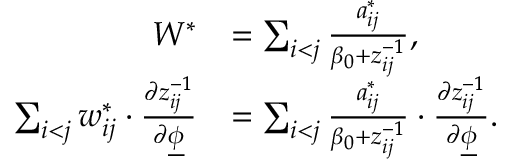
\begin{array} { r l } { W ^ { * } } & { = \sum _ { i < j } \frac { a _ { i j } ^ { * } } { \beta _ { 0 } + z _ { i j } ^ { - 1 } } , } \\ { \sum _ { i < j } w _ { i j } ^ { * } \cdot \frac { \partial z _ { i j } ^ { - 1 } } { \partial \underline { { \phi } } } } & { = \sum _ { i < j } \frac { a _ { i j } ^ { * } } { \beta _ { 0 } + z _ { i j } ^ { - 1 } } \cdot \frac { \partial z _ { i j } ^ { - 1 } } { \partial \underline { { \phi } } } . } \end{array}